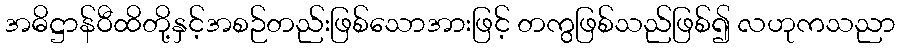
အဓိဋ္ဌာန်ဝီထိတို့နှင့်အစဉ်တည်းဖြစ်သောအားဖြင့် တကွဖြစ်သည်ဖြစ်၍ လဟုကသညာ